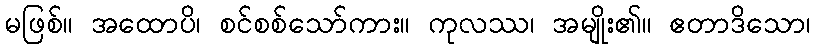
မဖြစ်။ အထောပိ၊ စင်စစ်သော်ကား။ ကုလဿ၊ အမျိုး၏။ ဧတာဒိသော၊